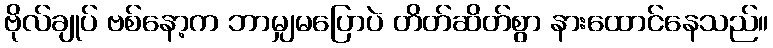
ဗိုလ်ချုပ် ဗစ်နော့က ဘာမျှမပြောပဲ တိတ်ဆိတ်စွာ နားထောင်နေသည်။